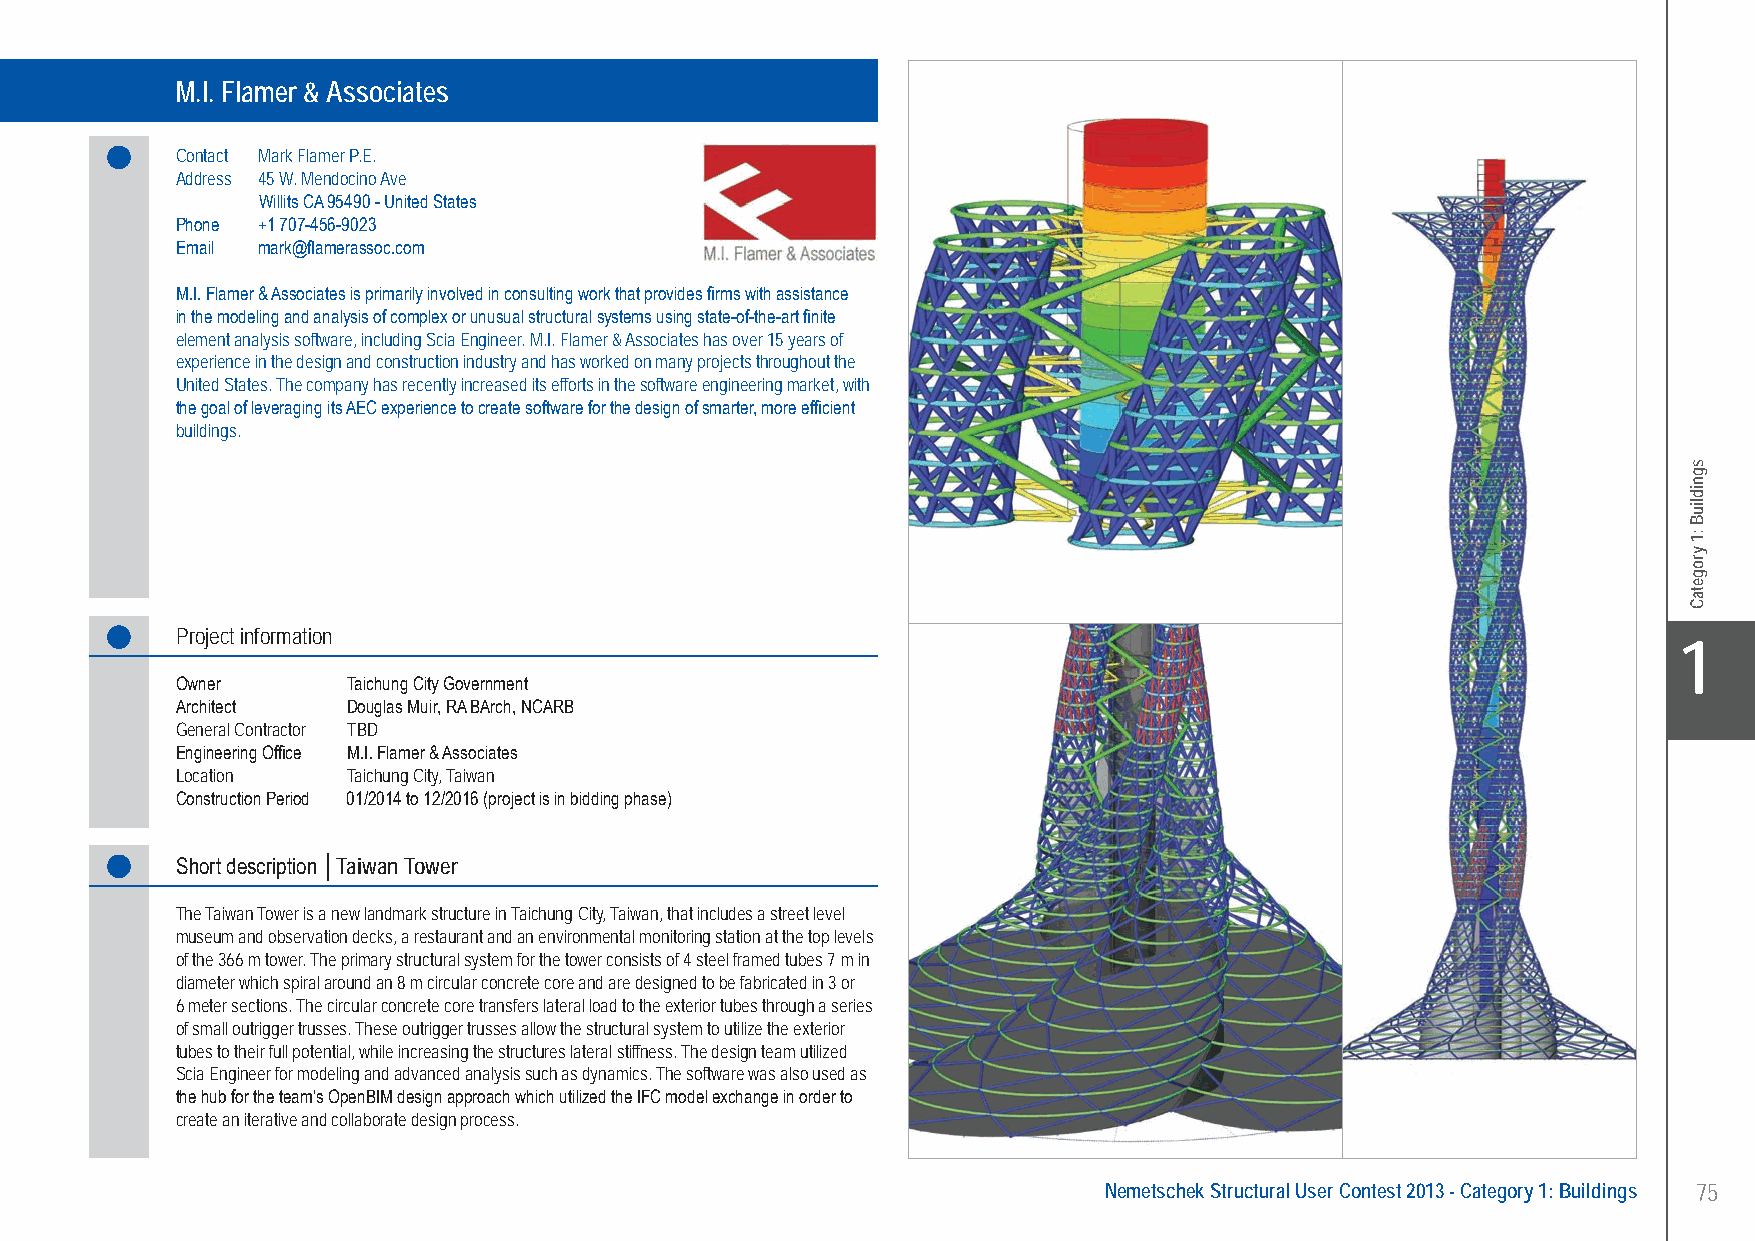
M.I. Flamer & Associates.............Taiwan Tower - Taichung City, Taiwan
 M.I. Flamer & Associates
 Contact Mark Flamer P.E.
 Address 45 W. Mendocino Ave
 Willits CA 95490 - United States
 Phone +1 707-456-9023
 Email mark@flamerassoc.com
 M.I. Flamer & Associates is primarily involved in consulting work that provides firms with assistance
 in the modeling and analysis of complex or unusual structural systems using state-of-the-art finite
 element analysis software, including Scia Engineer. M.I. Flamer & Associates has over 15 years of
 experience in the design and construction industry and has worked on many projects throughout the
 United States. The company has recently increased its efforts in the software engineering market, with
 the goal of leveraging its AEC experience to create software for the design of smarter, more efficient
 buildings.
 Project information
 X1
 Owner      Taichung City Government
 Architect  Douglas Muir, RA BArch, NCARB
 General Contractor TBD
 Engineering Office M.I. Flamer & Associates
 Location   Taichung City, Taiwan
 Construction Period 01/2014 to 12/2016 (project is in bidding phase)
 Short description │Taiwan Tower
 The Taiwan Tower is a new landmark structure in Taichung City, Taiwan, that includes a street level
 museum and observation decks, a restaurant and an environmental monitoring station at the top levels
 of the 366 m tower. The primary structural system for the tower consists of 4 steel framed tubes 7 m in
 diameter which spiral around an 8 m circular concrete core and are designed to be fabricated in 3 or
 6 meter sections. The circular concrete core transfers lateral load to the exterior tubes through a series
 of small outrigger trusses. These outrigger trusses allow the structural system to utilize the exterior
 tubes to their full potential, while increasing the structures lateral stiffness. The design team utilized
 Scia Engineer for modeling and advanced analysis such as dynamics. The software was also used as
 the hub for the team’s OpenBIM design approach which utilized the IFC model exchange in order to
 create an iterative and collaborate design process.
 Nemetschek Structural User Contest 2013 - Category 1: Buildings 75
 UC-2013-Book-V8.indd 75                                                                                   7/11/2013 12:21:55 PM
 sgnidliuB
 :1
 yrogetaC